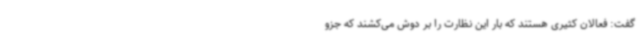
گفت: فعالان کثیری هستند که بار این نظارت را بر دوش می‌کشند که جزو